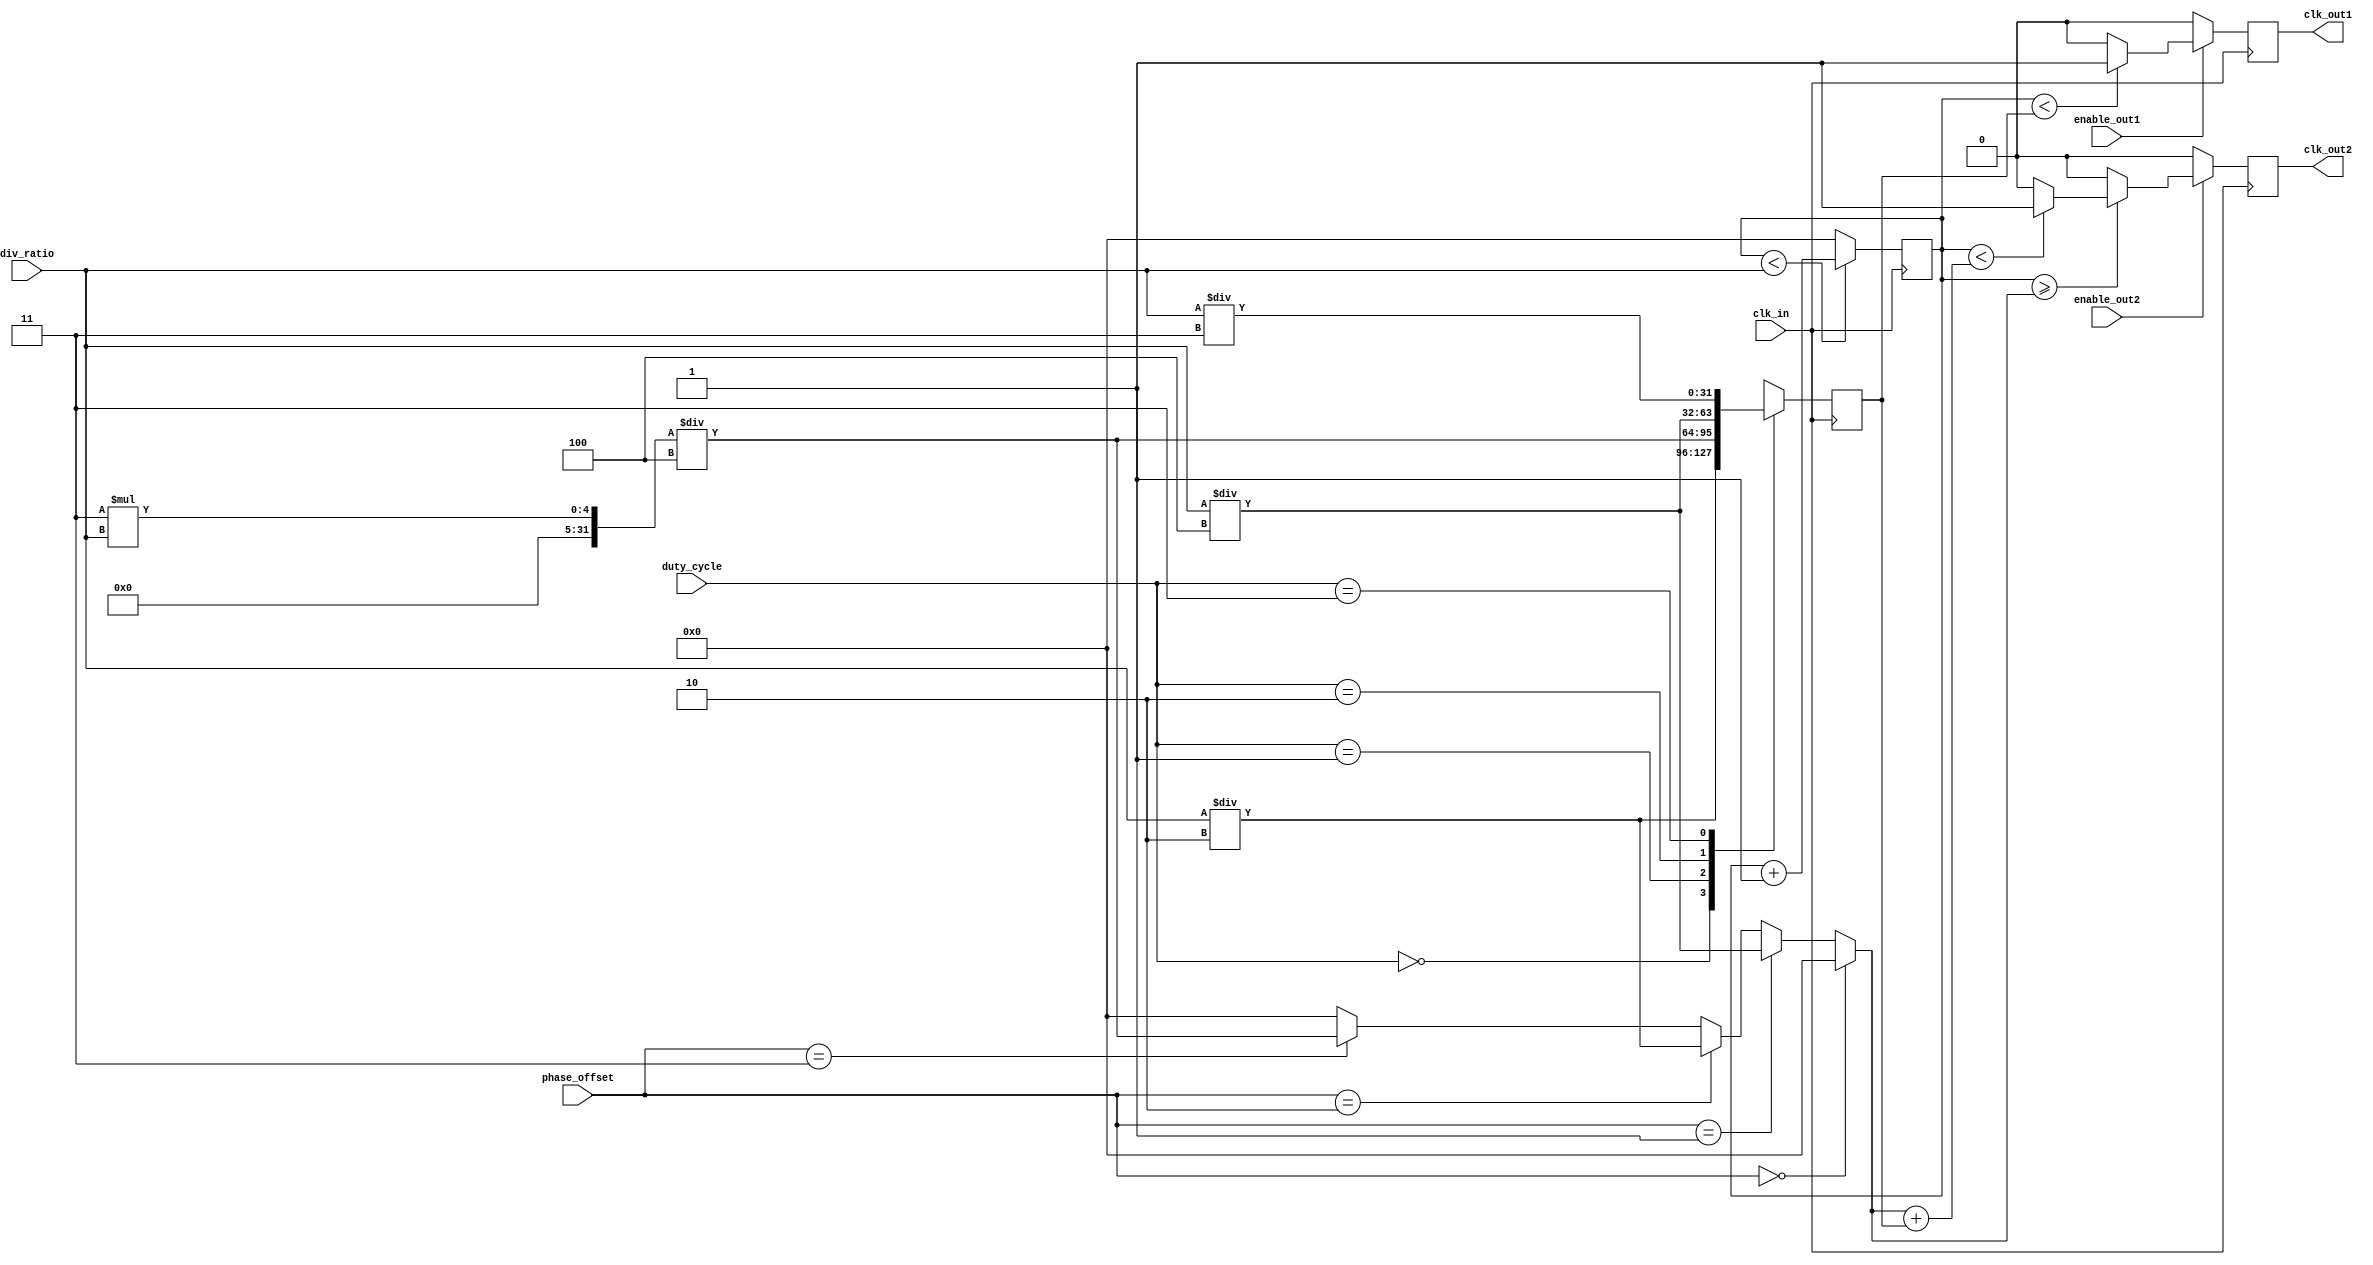
module ProgrammableClockBuffer (
    input wire clk_in,                // Input clock source
    input wire [2:0] div_ratio,       // Division ratio (3 bits for up to 8)
    input wire [1:0] phase_offset,     // Phase offset (00: 0, 01: 90, 10: 180, 11: 270)
    input wire [1:0] duty_cycle,       // Duty cycle (00: 50%, 01: 75%, 10: 25%, 11: custom)
    input wire enable_out1,            // Enable for Output Clock 1
    input wire enable_out2,            // Enable for Output Clock 2
    output reg clk_out1,               // Output clock 1
    output reg clk_out2                // Output clock 2
);

reg [31:0] counter;                   // Counter for dividing the clock
reg [31:0] high_time;                 // High time for duty cycle
reg [31:0] low_time;                  // Low time for duty cycle
reg [31:0] phase_offset_counter;      // For managing phase offset

// Clock division and duty cycle management
always @(posedge clk_in) begin
    if (counter < div_ratio) begin
        counter <= counter + 1;
    end else begin
        counter <= 0;
    end

    // Determine high and low times based on the duty cycle
    case(duty_cycle)
        2'b00: begin // 50% Duty Cycle
            high_time <= div_ratio / 2;
            low_time <= div_ratio / 2;
        end
        2'b01: begin // 75% Duty Cycle
            high_time <= (3 * div_ratio) / 4;
            low_time <= div_ratio / 4;
        end
        2'b10: begin // 25% Duty Cycle
            high_time <= div_ratio / 4;
            low_time <= (3 * div_ratio) / 4;
        end
        2'b11: begin // Custom Duty Cycle (example, could be adjustable)
            high_time <= div_ratio / 3;
            low_time <= (2 * div_ratio) / 3;
        end
        default: begin
            high_time <= div_ratio / 2;
            low_time <= div_ratio / 2;
        end
    endcase

    // Generate clk_out1 with phase adjustment and enable
    if (enable_out1) begin
        if (counter < high_time) begin
            clk_out1 <= 1;
        end else if (counter < (high_time + low_time)) begin
            clk_out1 <= 0;
        end else begin
            clk_out1 <= 0; // Reset to low after the full cycle
        end
    end else begin
        clk_out1 <= 0; // Disable clock output
    end
    
    // Generate clk_out2 with phase delay controlled by phase_offset
    if (enable_out2) begin
        // Phase offset logic
        phase_offset_counter = (phase_offset == 2'b00) ? 0 :
                               (phase_offset == 2'b01) ? div_ratio / 4 :
                               (phase_offset == 2'b10) ? div_ratio / 2 :
                               (phase_offset == 2'b11) ? (3 * div_ratio) / 4 : 0;

        // Count to add phase offset
        if (counter >= phase_offset_counter) begin
            if (counter < (phase_offset_counter + high_time)) begin
                clk_out2 <= 1;
            end else if (counter < (phase_offset_counter + high_time + low_time)) begin
                clk_out2 <= 0;
            end else begin
                clk_out2 <= 0; // Reset to low after the full cycle
            end
        end else begin
            clk_out2 <= 0; // Before the phase offset, keep low
        end
    end else begin
        clk_out2 <= 0; // Disable clock output
    end
end

endmodule